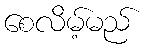
စေလိမ့်မည်